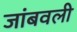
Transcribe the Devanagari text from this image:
जांबवली